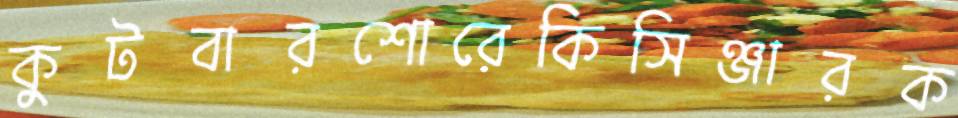
কুটবারশোরেকিসিঞ্জারক